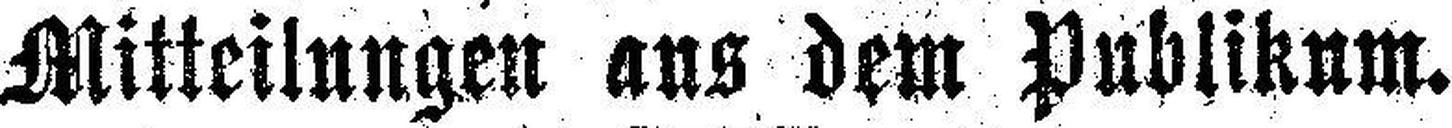
Mitteilungen aus dem Publikum.